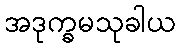
အဒုက္ခမသုခါယ